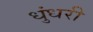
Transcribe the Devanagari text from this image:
धुंधरी